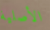
الأصلية